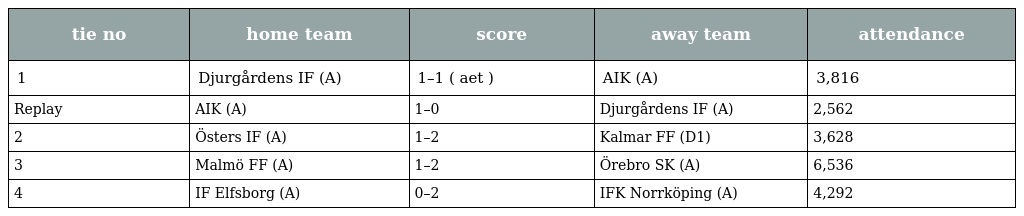
| tie no | home team | score | away team | attendance |
 | --- | --- | --- | --- | --- |
 | 1 | Djurgårdens IF (A) | 1–1 ( aet ) | AIK (A) | 3,816 |
 | Replay | AIK (A) | 1–0 | Djurgårdens IF (A) | 2,562 |
 | 2 | Östers IF (A) | 1–2 | Kalmar FF (D1) | 3,628 |
 | 3 | Malmö FF (A) | 1–2 | Örebro SK (A) | 6,536 |
 | 4 | IF Elfsborg (A) | 0–2 | IFK Norrköping (A) | 4,292 |